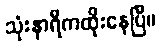
သုံးနာရီကထိုးနေပြီ။